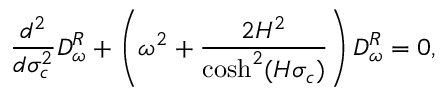
\frac { d ^ { 2 } } { d \sigma _ { c } ^ { 2 } } D _ { \omega } ^ { R } + \left( \omega ^ { 2 } + \frac { 2 H ^ { 2 } } { \cosh ^ { 2 } ( H \sigma _ { c } ) } \right) D _ { \omega } ^ { R } = 0 ,